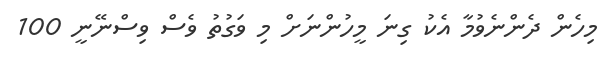
މިހެން ދެންނެވުމާ އެކު ގިނަ މީހުންނަށް މި ވަގުތު ވެސް ވިސްނޭނީ 100